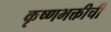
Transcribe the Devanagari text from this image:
कृष्णभक्तीची